Indian journal of veterinary science and animal husbandry - Volume 2,
Year: 1932
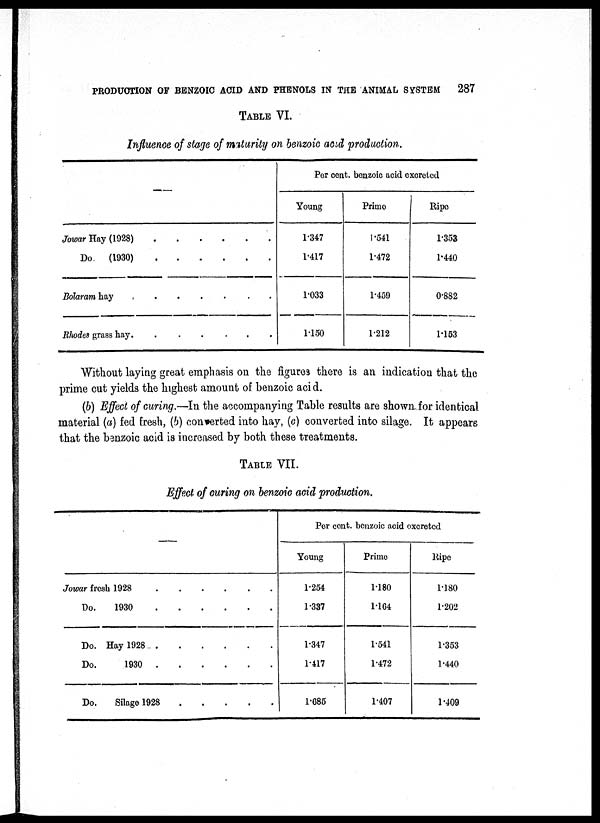
PRODUCTION OF BENZOIC ACID AND PHENOLS IN THE ANIMAL SYSTEM
287
TABLE VI.
Influence of stage of maturity on benzoic acid production.
Jowar Hay (1928)...
Do
(1930)
Bolaram hay
Rhodes grass hay
Per cent. benzoic acid excreted.
Young
1.347
1.417
1.033
1.150
Prime
1 .541
1.472
1.459
1.212
Ripe
1.353
1.440
0.882
1.153
Without laying great emphasis on the figures there is an indication that the
prime cut yields the highest amount of benzoic acid.
(b) Effect of curing.—In the accompanying Table results are shown for identical
material (a) fed fresh, (b) converted into hay, (c) converted into silage. It appears
that the benzoic acid is increased by both these treatments.
TABLE VII.
Effect of curing on benzoic acid production.
—
Jowar fresh 1928
Do.
1930
......
Do. Hay 1928
Do.
1930
Do.
Silage 1928
Per cent. benzoic acid excreted
Young
1.254
1.337
1.347
1.417
1.685
Prime
1.180
1.164
1.541
1.472
1.407
Ripe
1.180
1.202
1.353
1.440
1.409